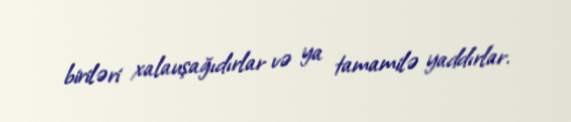
biriləri xalauşağıdırlar və ya tamamilə yaddırlar.